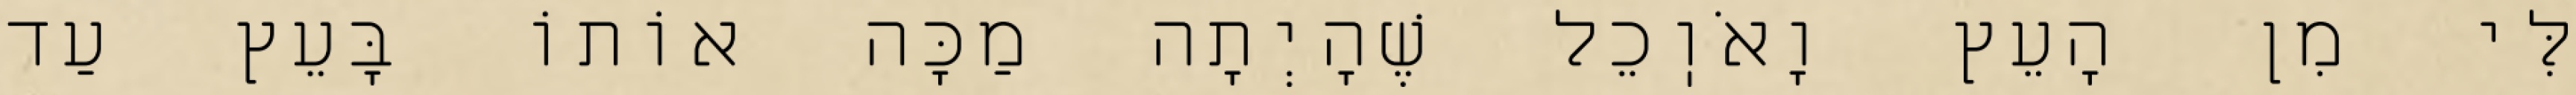
לִּי מִן הָעֵץ וָאֹוֽכֵל שֶׁהָיְתָה מַכָּה אוֹתוֹ בָּעֵץ עַד